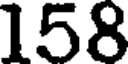
158